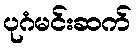
ပုဂံမင်းဆက်